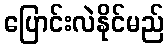
ပြောင်းလဲနိုင်မည်